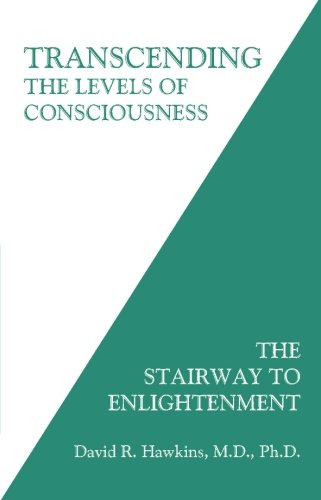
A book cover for Transcending the Levels of Consciousness: The Stairway to Enlightenment; David R. Hawkins  M.D.  Ph.D.; Politics & Social Sciences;